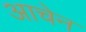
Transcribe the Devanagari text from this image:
आचेन